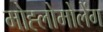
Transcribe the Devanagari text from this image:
मोह्लोमोलेंग